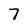
Character: 7